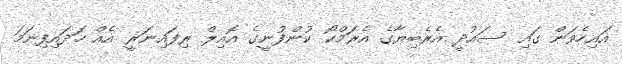
އައިހެވަން ގައި ސައުދީ އެރެބިޔާގެ އެރަމްކޯ ކުންފުނީގެ އޮއިލް ރިފައިނަރީ އެއް ހަދައިފިނަމަ